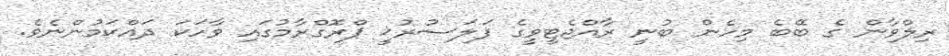
ރިލްވާން ގެ ބޭބެ މިހެން ބުނީ ރާއްޖެޓީވީގެ ފަލަސުރުޚީ ޕްރޮގްރާމުގައި ވާހަކަ ދައްކަމުންނެވެ.